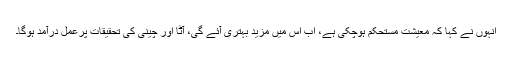
انہوں نے کہا کہ معیشت مستحکم ہوچکی ہے، اب اس میں مزید بہتری آئے گی، آٹا اور چینی کی تحقیقات پرعمل درآمد ہوگا۔